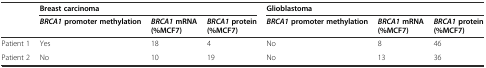
<table><thead><tr><td></td><td colspan="3"><b>Breast carcinoma</b></td><td colspan="3"><b>Glioblastoma</b></td></tr><tr><td></td><td><b><i>BRCA1</i>promoter methylation</b></td><td><b><i>BRCA1</i>mRNA (%MCF7)</b></td><td><b><i>BRCA1</i>protein (%MCF7)</b></td><td><b><i>BRCA1</i>promoter methylation</b></td><td><b><i>BRCA1</i>mRNA (%MCF7)</b></td><td><b><i>BRCA1</i>protein (%MCF7)</b></td></tr></thead><tbody><tr><td>Patient 1</td><td>Yes</td><td>18</td><td>4</td><td>No</td><td>8</td><td>46</td></tr><tr><td>Patient 2</td><td>No</td><td>10</td><td>19</td><td>No</td><td>13</td><td>36</td></tr></tbody></table>